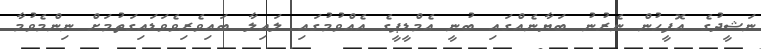
ނަޝީދުގެ އޮފީހުން ނެރުނު ބަޔާނެއްގައި ބުނީ އެމްޑީޕީގެ އެއްވުމުގައި ލައިލާ ބައިވެރިވެވަޑައިގަތުމަށް ނިންމެވުމާ